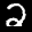
Label: 2